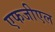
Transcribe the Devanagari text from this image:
एफजीएल